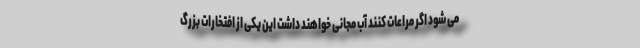
می شود اگر مراعات کنند آب مجانی خواهند داشت این یکی از افتخارات بزرگ